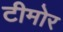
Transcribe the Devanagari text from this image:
टीमोर